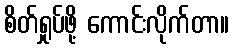
စိတ်ရှုပ်ဖို့ ကောင်းလိုက်တာ။